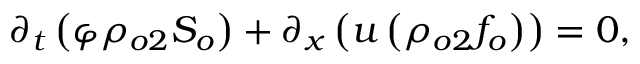
\begin{array} { r } { \partial _ { t } \left( \varphi \rho _ { o 2 } S _ { o } \right) + \partial _ { x } \left( u \left( \rho _ { o 2 } f _ { o } \right) \right) = 0 , } \end{array}